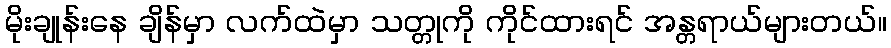
မိုးချုန်းနေ ချိန်မှာ လက်ထဲမှာ သတ္တုကို ကိုင်ထားရင် အန္တရာယ်များတယ်။